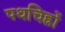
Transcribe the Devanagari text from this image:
पथचिह्नों